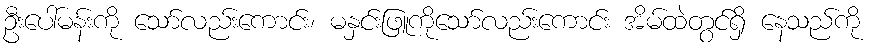
ဦးပေါ်မန်းကို သော်လည်းကောင်း၊ မနှင်းဖြူကိုသော်လည်းကောင်း အိမ်ထဲတွင်ရှိ နေသည်ကို